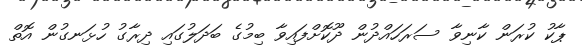
ޕާކު ކުރަން ކާނިވާ ސަރަހައްދުން ދޫކޮށްފައިވާ ބިމުގެ ބަދަލުގައި ދިރާގު ހުޅަނގުން އޮތް